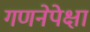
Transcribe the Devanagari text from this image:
गणनेपेक्षा